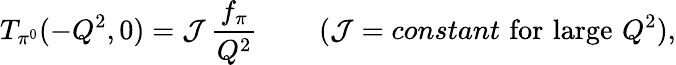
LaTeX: T_{\pi^{0}}(-Q^{2},0)={\cal J}\, \frac{f_{\pi}}{Q^{2}}\, \qquad({\cal J}={constant}\, \, \mathrm{for\, \, large\, \, }Q^{2}),